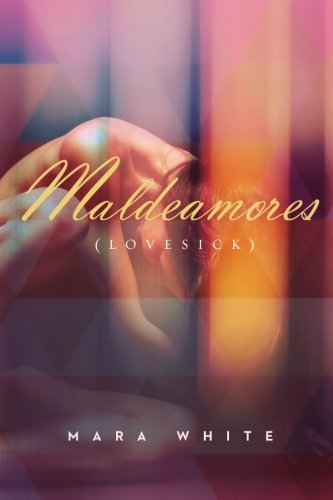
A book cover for Maldeamores (Lovesick): A Heightsbound Prequel (The Heightsbound Series); Mara White; Romance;